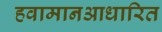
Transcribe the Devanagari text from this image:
हवामानआधारित